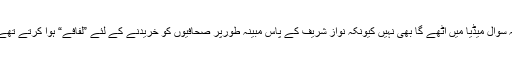
یہ سوال میڈیا میں اٹھے گا بھی نہیں کیونکہ نواز شریف کے پاس مبینہ طورپر صحافیوں کو خریدنے کے لئے ”لفافے“ ہوا کرتے تھے۔